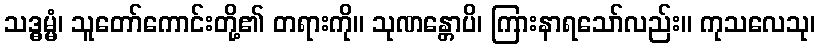
သဒ္ဓမ္မံ၊ သူတော်ကောင်းတို့၏ တရားကို။ သုဏန္တောပိ၊ ကြားနာရသော်လည်း။ ကုသလေသု၊